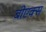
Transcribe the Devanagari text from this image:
बीएक्स